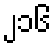
၂၁၆